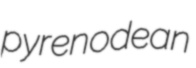
pyrenodean